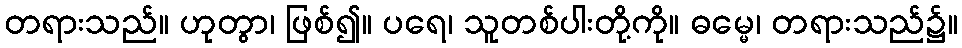
တရားသည်။ ဟုတွာ၊ ဖြစ်၍။ ပရေ၊ သူတစ်ပါးတို့ကို။ ဓမ္မေ၊ တရားသည်၌။